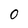
Character: 0